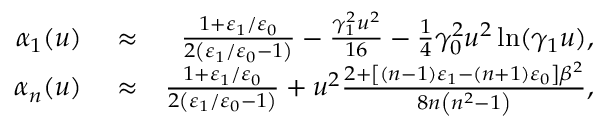
\begin{array} { r l r } { \alpha _ { 1 } ( u ) } & { { } \approx } & { \frac { 1 + \varepsilon _ { 1 } / \varepsilon _ { 0 } } { 2 \left( \varepsilon _ { 1 } / \varepsilon _ { 0 } - 1 \right) } - \frac { \gamma _ { 1 } ^ { 2 } u ^ { 2 } } { 1 6 } - \frac { 1 } { 4 } \gamma _ { 0 } ^ { 2 } u ^ { 2 } \ln ( \gamma _ { 1 } u ) , } \\ { \alpha _ { n } ( u ) } & { { } \approx } & { \frac { 1 + \varepsilon _ { 1 } / \varepsilon _ { 0 } } { 2 \left( \varepsilon _ { 1 } / \varepsilon _ { 0 } - 1 \right) } + u ^ { 2 } \frac { 2 + \left[ \left( n - 1 \right) \varepsilon _ { 1 } - \left( n + 1 \right) \varepsilon _ { 0 } \right] \beta ^ { 2 } } { 8 n \left( n ^ { 2 } - 1 \right) } , } \end{array}